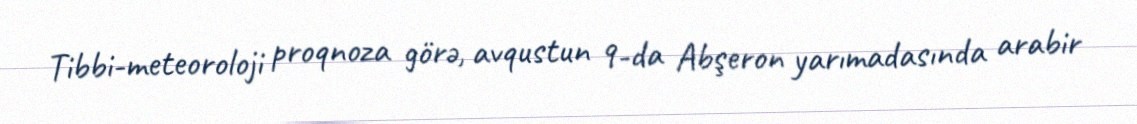
Tibbi-meteoroloji proqnoza görə, avqustun 9-da Abşeron yarımadasında arabir